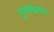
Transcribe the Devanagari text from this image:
गुणचंद्रमणि